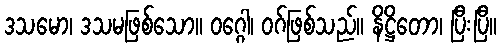
ဒသမော၊ ဒသမဖြစ်သော။ ဝဂ္ဂေါ၊ ဝဂ်ဖြစ်သည်။ နိဋ္ဌိတော၊ ပြီးပြီ။